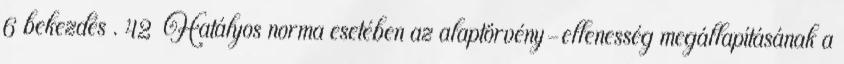
6 bekezdés . 42 Hatályos norma esetében az alaptörvény-ellenesség megállapításának a